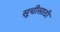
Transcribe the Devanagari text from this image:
सूचीसाठी